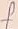
Text: f